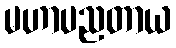
မဟာပညတာယ